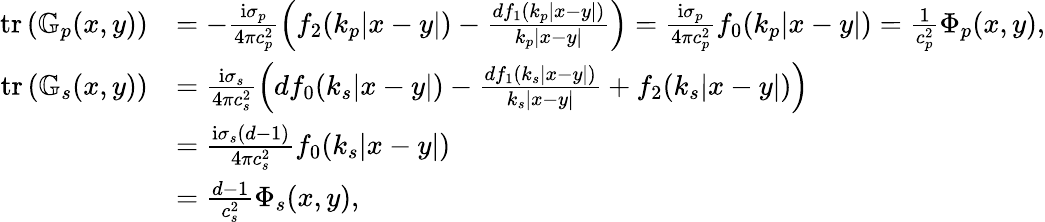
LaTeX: \begin{array}{rl}{\mathrm{tr}\left(\mathbb{G}_{p}(x,y)\right)}&{=-\frac{\mathrm{i}\sigma_{p}}{4\pi c_{p}^{2}}\left(f_{2}(k_{p}|x-y|)-\frac{df_{1}(k_{p}|x-y|)}{k_{p}|x-y|}\right)=\frac{\mathrm{i}\sigma_{p}}{4\pi c_{p}^{2}}f_{0}(k_{p}|x-y|)=\frac{1}{c_{p}^{2}}\Phi_{p}(x,y),}\\ {\mathrm{tr}\left(\mathbb{G}_{s}(x,y)\right)}&{=\frac{\mathrm{i}\sigma_{s}}{4\pi c_{s}^{2}}\left(df_{0}(k_{s}|x-y|)-\frac{df_{1}(k_{s}|x-y|)}{k_{s}|x-y|}+f_{2}(k_{s}|x-y|)\right)}\\ &{=\frac{\mathrm{i}\sigma_{s}(d-1)}{4\pi c_{s}^{2}}f_{0}(k_{s}|x-y|)}\\ &{=\frac{d-1}{c_{s}^{2}}\Phi_{s}(x,y),}\end{array}